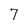
Character: 7